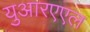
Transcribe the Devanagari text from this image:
युआरएएल